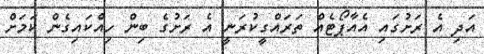
އަދި އެ ރަށުގައި އެއާޕޯޓެއް ތަރައްގީކުރަނީ އެ ރަށުގެ ބިން ހިއްކައިގެން ކަމަށް